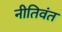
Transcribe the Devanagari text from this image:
नीतिवंत